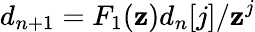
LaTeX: d_{n+1}=F_{1}(\mathbf{z})d_{n}[j]/\mathbf{z}^{j}